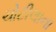
ચોટીલાના